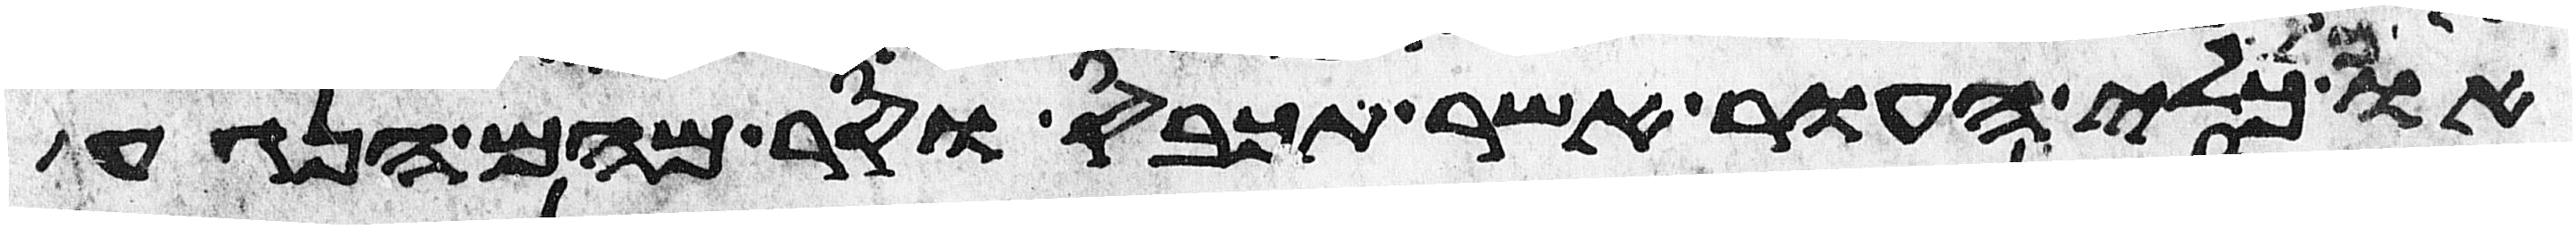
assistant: או כל כלי העור אשר תכבס וסר מהם הנגע